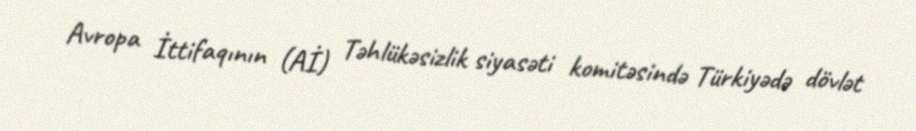
Avropa İttifaqının (Aİ) Təhlükəsizlik siyasəti komitəsində Türkiyədə dövlət